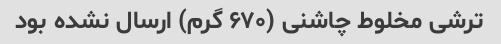
ترشی مخلوط چاشنی (۶۷۰ گرم) ارسال نشده بود